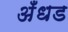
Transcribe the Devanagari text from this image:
अँधड